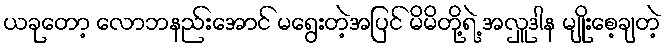
ယခုတော့ လောဘနည်းအောင် မရွေးတဲ့အပြင် မိမိတို့ရဲ့ အလှူဒါန မျိုးစေ့ချတဲ့